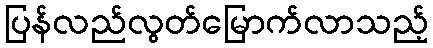
ပြန်လည်လွတ်မြောက်လာသည့်